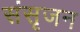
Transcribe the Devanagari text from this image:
संसृजन